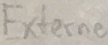
Text: Externe